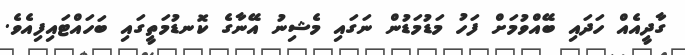
ގާދީއެއް ހަދައި ބޭއްވުމަށް ފަހު މަޑުމަޑުން ނަގައި މެޝިނު އޭނާގެ ކޮނޑުމަތީގައި ބަހައްޓައިފިއެވެ.